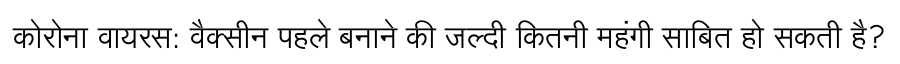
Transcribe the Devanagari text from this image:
कोरोना वायरस: वैक्सीन पहले बनाने की जल्दी कितनी महंगी साबित हो सकती है?